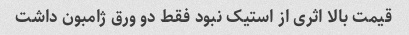
قیمت بالا اثری از استیک نبود فقط دو ورق ژامبون داشت